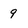
Character: 9